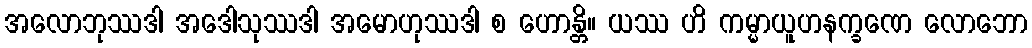
အလောဘုဿဒါ အဒေါသုဿဒါ အမောဟုဿဒါ စ ဟောန္တိ။ ယဿ ဟိ ကမ္မာယူဟနက္ခဏေ လောဘော